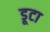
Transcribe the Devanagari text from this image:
डूटा